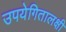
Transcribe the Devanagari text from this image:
उपयेगितालक्षी